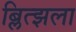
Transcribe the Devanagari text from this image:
ब्लित्झला